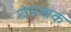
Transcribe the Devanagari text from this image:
रोमन्चक